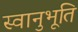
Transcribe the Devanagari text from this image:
स्‍वानुभूति